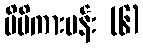
မိမိကားပန်း (၆)